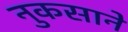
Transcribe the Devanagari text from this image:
नुकसाने